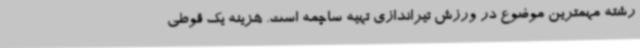
رشته مهمترین موضوع در ورزش تیراندازی تهیه ساچمه است. هزینه یک قوطی